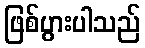
ဖြစ်ပွားပါသည်